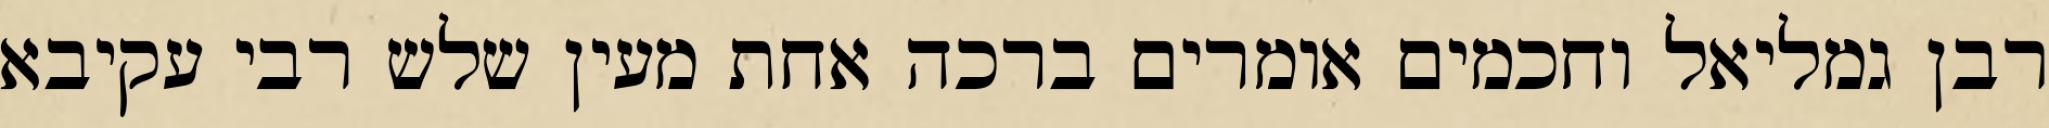
רבן גמליאל וחכמים אומרים ברכה אחת מעין שלש רבי עקיבא